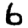
Digit: 6